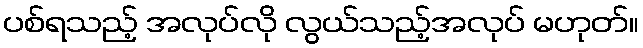
ပစ်ရသည့် အလုပ်လို လွယ်သည့်အလုပ် မဟုတ်။